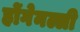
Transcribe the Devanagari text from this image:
होंगेनल्ली